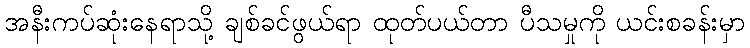
အနီးကပ်ဆုံးနေရာသို့ ချစ်ခင်ဖွယ်ရာ ထုတ်ပယ်တာ ပီသမှုကို ယင်းစခန်းမှာ